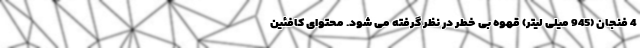
4 فنجان (945 میلی لیتر) قهوه بی خطر در نظر گرفته می شود. محتوای کافئین